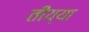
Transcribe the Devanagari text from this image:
तीय्या